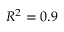
R ^ { 2 } = 0 . 9